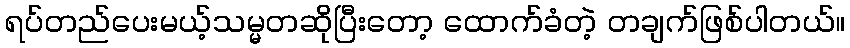
ရပ်တည်ပေးမယ့်သမ္မတဆိုပြီးတော့ ထောက်ခံတဲ့ တချက်ဖြစ်ပါတယ်။